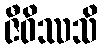
ဇီဝိဿသိ